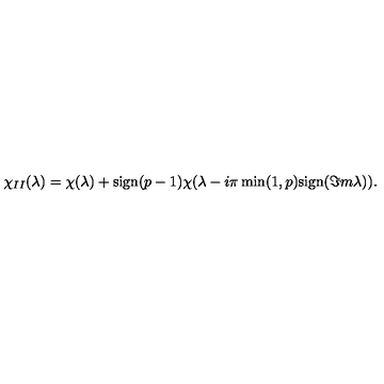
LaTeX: \chi _ { I I } ( \lambda ) = \chi ( \lambda ) + \mathrm { s i g n } ( p - 1 ) \chi ( \lambda - i \pi \min ( 1 , p ) \mathrm { s i g n } ( \Im m \lambda ) ) .